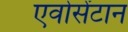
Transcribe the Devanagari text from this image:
एवोसेंटान